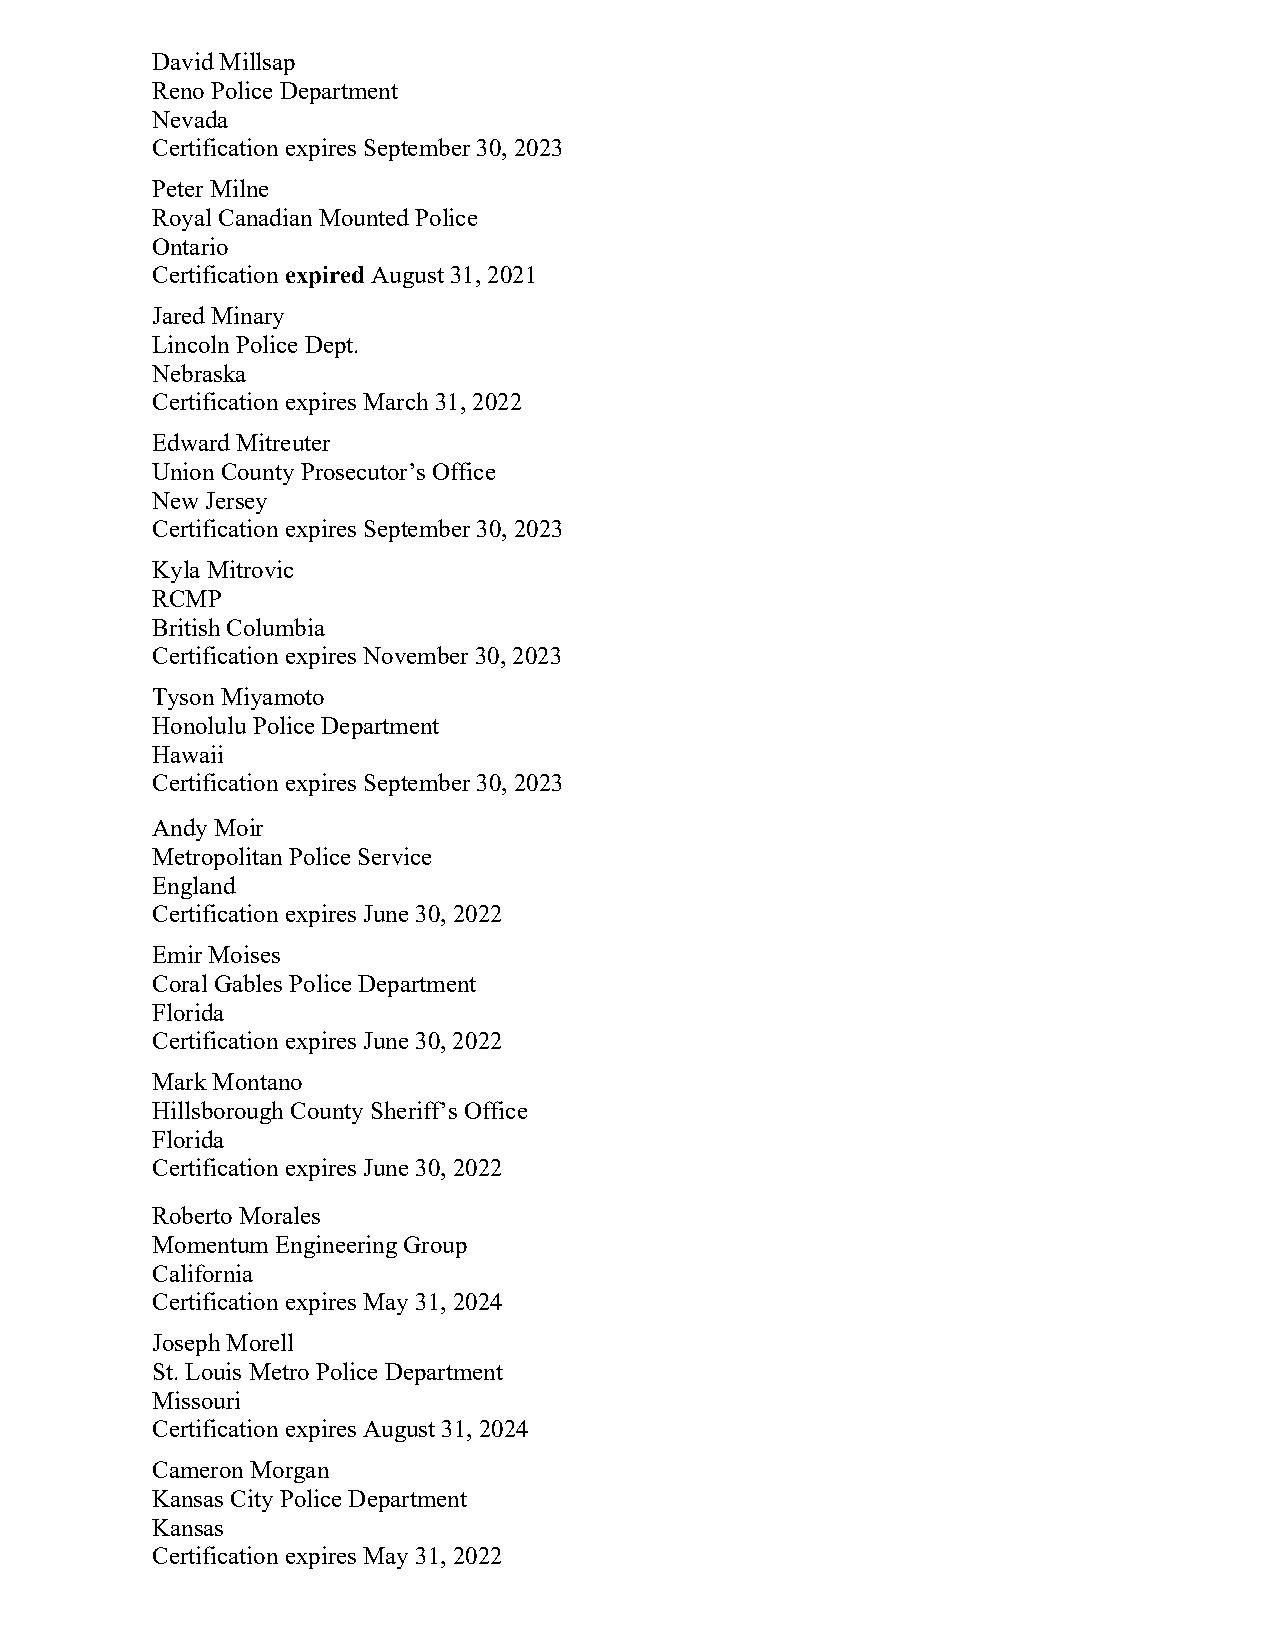
David Millsap
 Reno Police Department
 Nevada
 Certification expires September 30, 2023
 Peter Milne
 Royal Canadian Mounted Police
 Ontario
 Certification expired August 31, 2021
 Jared Minary
 Lincoln Police Dept.
 Nebraska
 Certification expires March 31, 2022
 Edward Mitreuter
 Union County Prosecutor’s Office
 New Jersey
 Certification expires September 30, 2023
 Kyla Mitrovic
 RCMP
 British Columbia
 Certification expires November 30, 2023
 Tyson Miyamoto
 Honolulu Police Department
 Hawaii
 Certification expires September 30, 2023
 Andy Moir
 Metropolitan Police Service
 England
 Certification expires June 30, 2022
 Emir Moises
 Coral Gables Police Department
 Florida
 Certification expires June 30, 2022
 Mark Montano
 Hillsborough County Sheriff’s Office
 Florida
 Certification expires June 30, 2022
 Roberto Morales
 Momentum Engineering Group
 California
 Certification expires May 31, 2024
 Joseph Morell
 St. Louis Metro Police Department
 Missouri
 Certification expires August 31, 2024
 Cameron Morgan
 Kansas City Police Department
 Kansas
 Certification expires May 31, 2022